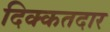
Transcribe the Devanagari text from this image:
दिक्कतदार